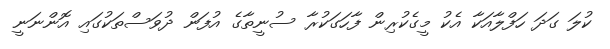
ކުލަ ގަަދަ ހަފްލާއަކާ އެކު މީގެކުރިން ފާހަގަކުރާ ސުނީތާގެ އުފަން ދުވަސްތަކުގައި އޮންނަނީ